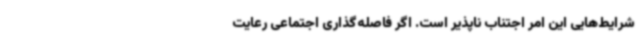
شرایط‌هایی این امر اجتناب ناپذیر است. اگر فاصله‌گذاری اجتماعی رعایت